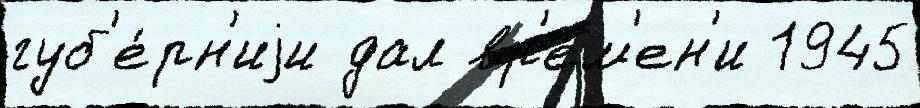
губ'е́рн'иjи дал вр'е́м'ен'и 1945